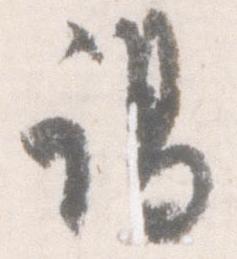
謁